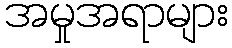
အမှုအရာများ